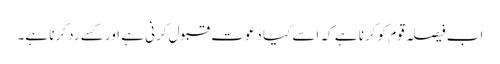
اب فیصلہ قوم کو کرنا ہے کہ اسے کیا دعوت قبول کرنی ہے اور کسے رد کرنا ہے۔